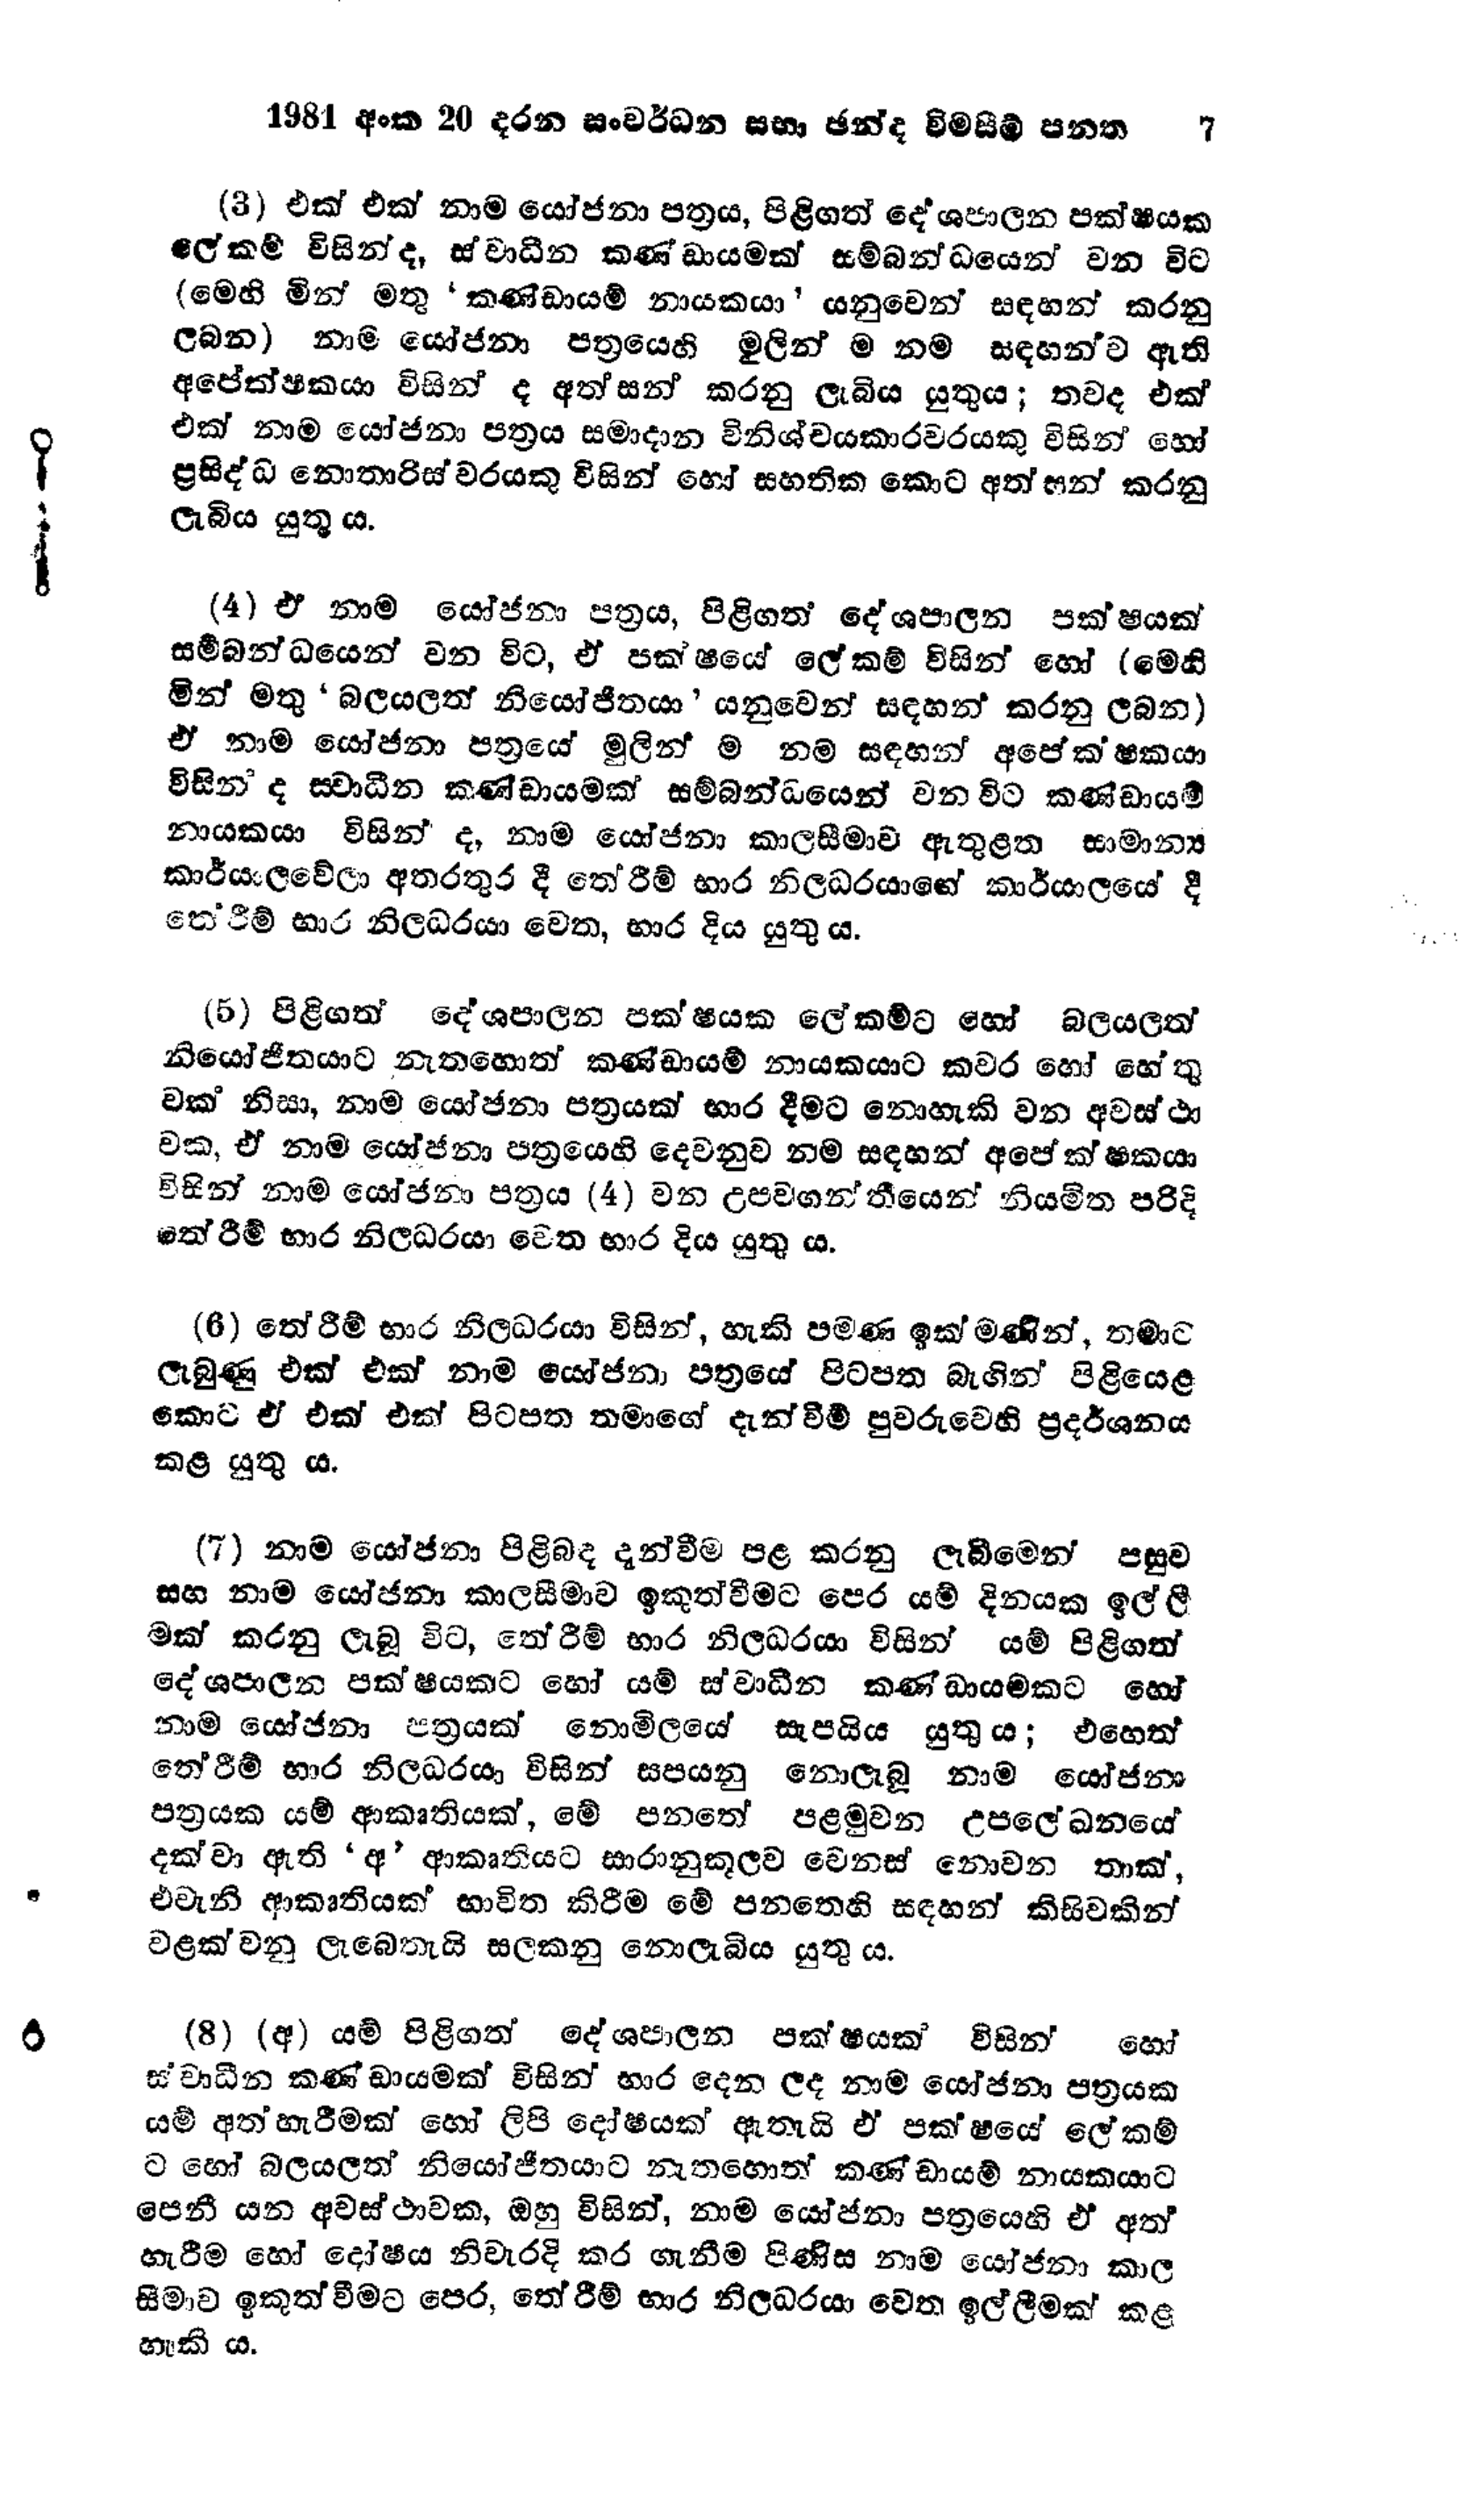
1981 අංක 20 දරන සංවර්ධන සභා ඡන්ද විමසීම් පනත 		7

  (3) එක් එක් නාම යෝජනා පත්‍රය, පිළිගත් දේශපාලන පක්ෂයක
ලේකම් විසින් ද, ස්වාධීන කණ්ඩායමක් සම්බන්ධයෙන් වන විට
(මෙහි මින් මතු 'කණ්ඩායම් නායකයා' යනුවෙන් සඳහන් කරනු
ලබන) නාම යෝජනා පත්‍රයෙහි මුලින් ම නම සඳහන්ව ඇති
අපේක්ෂකයා විසින් ද අත්සන් කරනු ලැබිය යුතුය; තවද එක්
එක් නාම යෝජනා පත්‍රය සමාදාන විනිශ්චයකාරවරයකු විසින් හෝ
ප්‍රසිද්ධ නොතාරිස්වරයකු විසින් හෝ සහතික කොට අත්සන් කරනු
ලැබිය යුතු ය.

(4) ඒ නාම යෝජනා පත්‍රය, පිළිගත් දේශපාලන පක්ෂයක්
සම්බන්ධයෙන් වන විට, ඒ පක්ෂයේ ලේකම් විසින් හෝ (මෙහි
මින් මතු 'බලයලත් නියෝජිතයා' යනුවෙන් සඳහන් කරනු ලබන)
ඒ නාම යෝජනා පත්‍රයේ මුලින්ම නම සඳහන් අපේක්ෂකයා
විසින් ද ස්වාධීන කණ්ඩායමක් සම්බන්ධයෙන් වන විට කණ්ඩායම්
නායකයා විසින් ද, නාම යෝජනා කාල සීමාව ඇතුළත සාමාන්‍ය
කාර්යාල වේලා අතරතුර දී තේරීම් භාර නිලධරයාගේ කාර්යාලයේ දී
තේරීම් භාර නිලධරයා වෙත, භාර දිය යුතු ය.

(5) පිළිගත් දේශපාලන පක්ෂයක ලේකම්ට හෝ බලයලත්
නියෝජිතයාට නැතහොත් කණ්ඩායම් නායකයාට කවර හෝ හේතු
වක් නිසා, නාම යෝජනා පත්‍රයක් භාර දීමට නොහැකි වන අවස්ථා
වක, ඒ නාම යෝජනා පත්‍රයෙහි දෙවනුව නම සඳහන් අපේක්ෂකයා
විසින් නාම යෝජනා පත්‍රය (4) වන උපවගන්තියෙන් නියමිත පරිදි
තේරීම් භාර නිලධරයා වෙත භාර දිය යුතු ය.

(6) තේරීම් භාර නිලධරයා විසින්, හැකි පමණ ඉක්මණින්, තමාට
ලැබුණු එක් එක් නාම යෝජනා පත්‍රයේ පිටපත බැගින් පිළියෙළ
කොට ඒ එක් එක් පිටපත තමාගේ දැන්වීම් පුවරුවෙහි ප්‍රදර්ශනය
කළ යුතු ය.

(7) නාම යෝජනා පිළිබඳ දැන්වීම පළ කරනු ලැබීමෙන් පසුව
සහ නාම යෝජනා කාලසීමාව ඉකුත්වීමට පෙර යම් දිනයක ඉල්ලී
මක් කරනු ලැබූ විට, තේරීම් භාර නිලධරයා විසින් යම් පිළිගත්
දේශපාලන පක්ෂයකට හෝ යම් ස්වාධීන කණ්ඩායමකට හෝ
නාම යෝජනා පත්‍රයක් නොමිලයේ සැපයිය යුතු ය; එහෙත්
තේරීම් භාර නිලධරයා විසින් සපයනු නොලැබූ නාම යෝජනා
පත්‍රයක යම් ආකෘතියක්, මේ පනතේ පළමු වන උපලේඛනයේ
දක්වා ඇති ‘අ ’ ආකෘතියට සාරානුකූලව වෙනස් නොවන තාක්,
එවැනි ආකෘතියක් භාවිත කිරීම මේ පනතෙහි සඳහන් කිසිවකින්
වළක්වනු ලැබෙතැයි සලකනු නොලැබිය යුතු ය.

(8) (අ) යම් පිළිගත් දේශපාලන පක්ෂයක් විසින් හෝ
ස්වාධීන කණ්ඩායමක් විසින් භාර දෙන ලද නාම යෝජනා පත්‍රයක
යම් අත් හැරීමක් හෝ ලිපි දෝෂයක් ඇතැයි ඒ පක‍්ෂයේ ලේකම්
ට හෝ බලයලත් නියෝජිතයාට නැතහොත් කණ්ඩායම් නායකයාට
පෙනී යන අවස්ථාවක, ඔහු විසින්, නාම යෝජනා පත්‍රයෙහි ඒ අත්
හැරීම හෝ දෝෂය නිවැරදි කර ගැනීම පිණිස නාම යෝජනා කාල
සීමාව ඉකුත්වීමට පෙර, තේරීම් භාර නිලධරයා වෙත ඉල්ලීමක් කළ
හැකි ය.